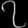
Digit: ၇